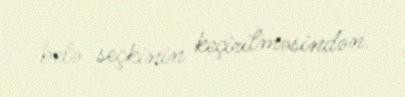
belə seçkinin keçirilməsindən.